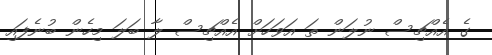
ގެ އެއްޗިސް ނުލަން ތަ އަވަހަށް އެއްޗިސް ލާ ބަލަ މިހެން ބުނެފައި